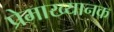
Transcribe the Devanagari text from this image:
प्रेमाख्यानक